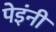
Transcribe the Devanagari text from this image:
पेइंनी